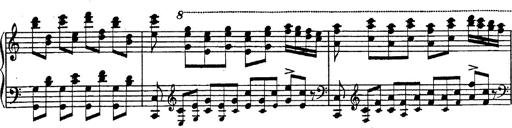
Title: Fantasie Ã¼ber Themen aus Mozarts Figaro und Don Giovanni
Composer: Franz Liszt